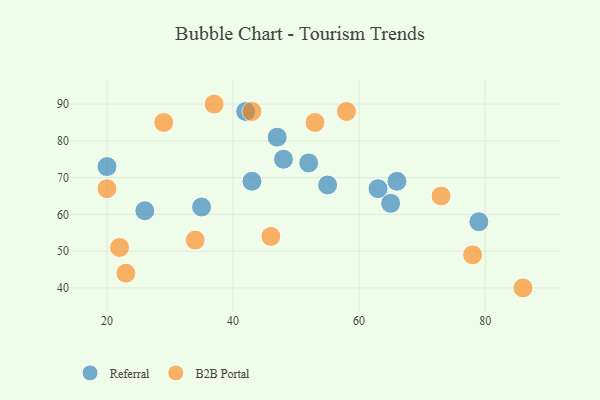
{"axis": {"x": "GDP", "y": "Life Expectancy"}, "legend": ["B2B Portal", "Referral"], "data": [{"x": "47", "y": 81, "type": "Referral"}, {"x": "42", "y": 88, "type": "Referral"}, {"x": "20", "y": 73, "type": "Referral"}, {"x": "43", "y": 69, "type": "Referral"}, {"x": "63", "y": 67, "type": "Referral"}, {"x": "66", "y": 69, "type": "Referral"}, {"x": "79", "y": 58, "type": "Referral"}, {"x": "52", "y": 74, "type": "Referral"}, {"x": "65", "y": 63, "type": "Referral"}, {"x": "35", "y": 62, "type": "Referral"}, {"x": "55", "y": 68, "type": "Referral"}, {"x": "26", "y": 61, "type": "Referral"}, {"x": "48", "y": 75, "type": "Referral"}, {"x": "43", "y": 88, "type": "B2B Portal"}, {"x": "29", "y": 85, "type": "B2B Portal"}, {"x": "73", "y": 65, "type": "B2B Portal"}, {"x": "37", "y": 90, "type": "B2B Portal"}, {"x": "20", "y": 67, "type": "B2B Portal"}, {"x": "22", "y": 51, "type": "B2B Portal"}, {"x": "53", "y": 85, "type": "B2B Portal"}, {"x": "78", "y": 49, "type": "B2B Portal"}, {"x": "23", "y": 44, "type": "B2B Portal"}, {"x": "58", "y": 88, "type": "B2B Portal"}, {"x": "46", "y": 54, "type": "B2B Portal"}, {"x": "34", "y": 53, "type": "B2B Portal"}, {"x": "86", "y": 40, "type": "B2B Portal"}]}